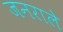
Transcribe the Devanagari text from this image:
जनराले